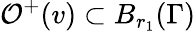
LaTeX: \mathcal{O}^{+}(v)\subset B_{r_{1}}(\Gamma)